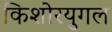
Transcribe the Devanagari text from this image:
किशोरयुगल